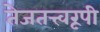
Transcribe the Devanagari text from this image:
तेजतत्त्वरूपी